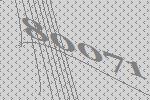
80071